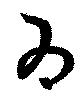
為